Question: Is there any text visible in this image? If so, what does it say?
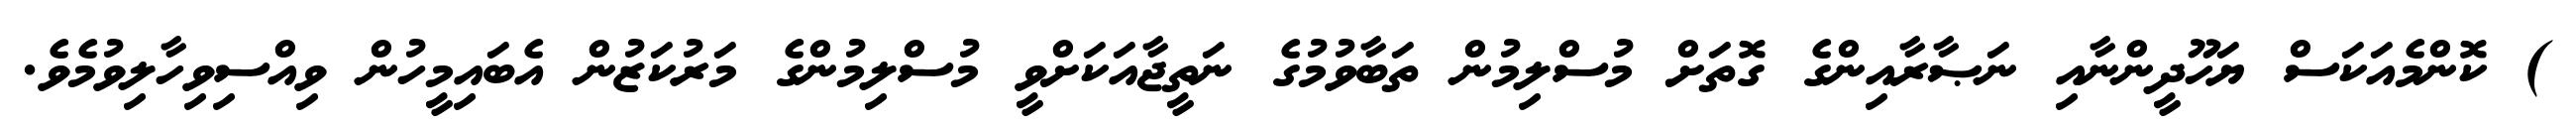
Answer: ) ކޮންމެއަކަސް ޔަހޫދީންނާއި ނަޞާރާއިންގެ ގޮތަށް މުސްލިމުން ތަބާވުމުގެ ނަތީޖާއަކަށްވީ މުސްލިމުންގެ މަރުކަޒުން އެބައިމީހުން ވިއްސިވިހާލިވުމެވެ.